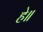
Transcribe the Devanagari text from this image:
हे॥